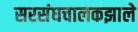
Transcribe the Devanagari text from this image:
सरसंघचालकझाले